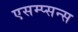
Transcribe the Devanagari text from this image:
एसम्प्सन्स